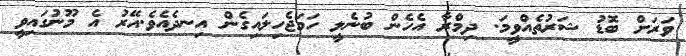
ވަރަށް ބޮޑު ޝަރުތެއްވީމަ. ދިމްރާ އެހެން ބުނެލީ ހަމަޖެހިލައިގެން އިނދެއެވެ.އޭރު އެ މޫނުގައިވީ